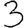
Digit: 3